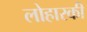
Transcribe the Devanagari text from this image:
लोहारकी